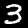
Label: 3